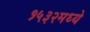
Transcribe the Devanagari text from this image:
१५३२मध्ये